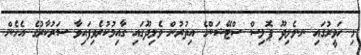
މި ހަވީރުގައި ނ.ވެލިދޫ ޕޮލިސް ސްޓޭޝަންގެ އިތުރުން ވެލިދޫގައި ގާއިމުކުރެވިފައިވާ ސަރުކާރުގެ އެހެން